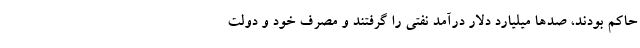
حاکم بودند، صدها میلیارد دلار درآمد نفتی را گرفتند و مصرف خود و دولت